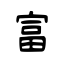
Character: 富